Document type: Sale
Year: 1354
Scribe: Bernat de Torre
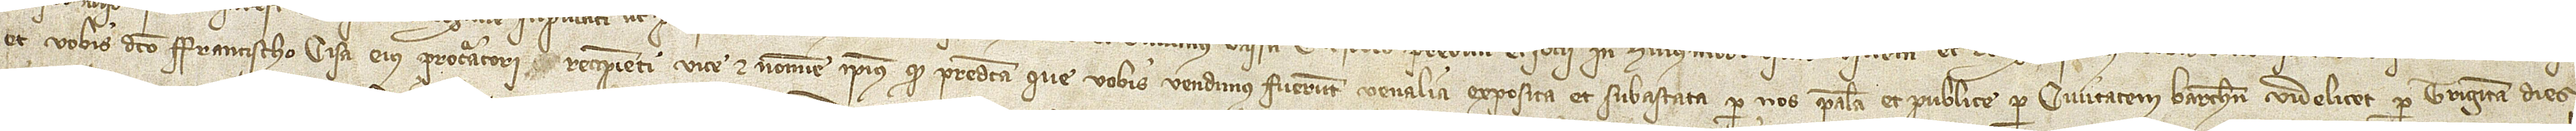
et vobis dicto Francischo Cisa, eius procuratori, recipienti vice et nomine ipsius, quod predicta que vobis vendimus fuerunt venalia exposita et subastata per nos palam et publice per civitatem Barchinone, videlicet, per triginta dies